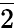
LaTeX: \overline{{2}}